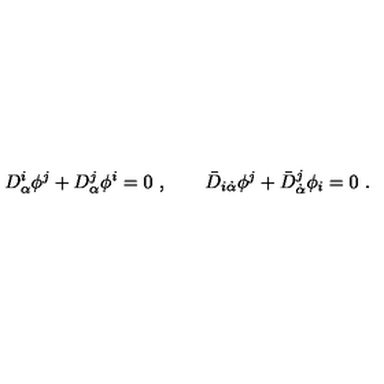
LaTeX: D _ { \alpha } ^ { i } \phi ^ { j } + D _ { \alpha } ^ { j } \phi ^ { i } = 0 \ , \qquad \bar { D } _ { i \dot { \alpha } } \phi ^ { j } + \bar { D } _ { \dot { \alpha } } ^ { j } \phi _ { i } = 0 \ .